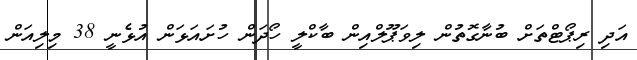
އަދި ރިޕޯޓްތަށް ބުނާގޮތުން ލިވަޕޫލްއިން ބާކްލީ ހޯދަން ހުށައަޅަން އުޅެނީ 38 މިލިއަން